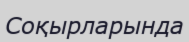
Соқырларында